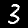
Digit: 3